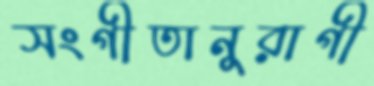
সংগীতানুরাগী